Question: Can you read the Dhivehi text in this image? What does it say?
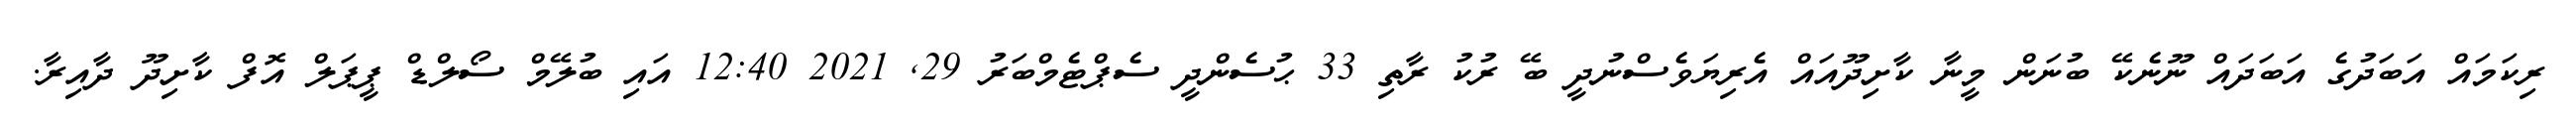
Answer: ރިކަމައް އަބަދުގެ އަބަދައް ނޫނެކޭ ބުނަން މީނާ ކާށިދޫއައް އެރިޔަވެސްނުދީ ބޭ ރުކު ރާތި 33 ޙުސެންދީ ސެޕްޓެމްބަރު 29, 2021 12:40 އައި ބުލޭމް ސޯލްޑް ޕީޕަލް އޮފް ކާށިދޫ ދާއިރާ.